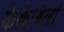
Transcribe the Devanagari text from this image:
केकेबिर्ला